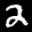
Label: 2